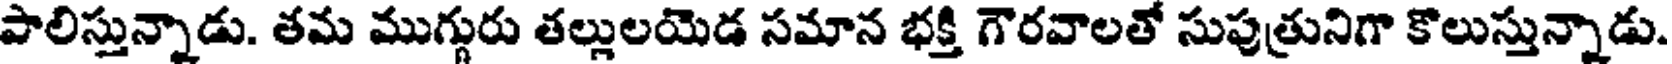
పాలిస్తున్నాడు. తమ ముగ్గురు తల్లులయెడ సమాన భక్తి గౌరవాలతో సుపుత్రునిగా కొలుస్తున్నాడు.